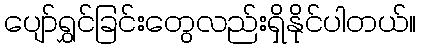
ပျော်ရွှင်ခြင်းတွေလည်းရှိနိုင်ပါတယ်။